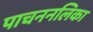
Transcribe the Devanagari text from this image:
पाचननलिका